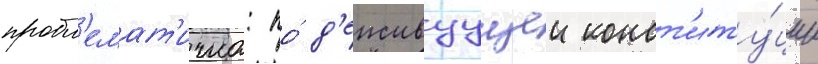
пробл'емат'ична: по́ д'еиствуущеи конст'иту́ции